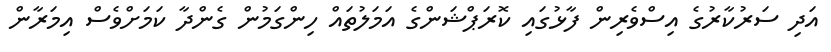
އަދި ސަރުކާރުގެ އިސްވެރިން ފާޅުގައި ކޮރަޕްޝަންގެ އަމަލުތައް ހިންގަމުން ގެންދާ ކަމަށްވެސް އިމަރާން